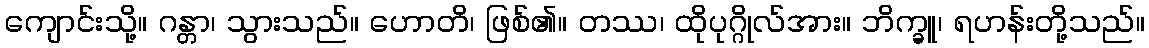
ကျောင်းသို့။ ဂန္တာ၊ သွားသည်။ ဟောတိ၊ ဖြစ်၏။ တဿ၊ ထိုပုဂ္ဂိုလ်အား။ ဘိက္ခူ၊ ရဟန်းတို့သည်။